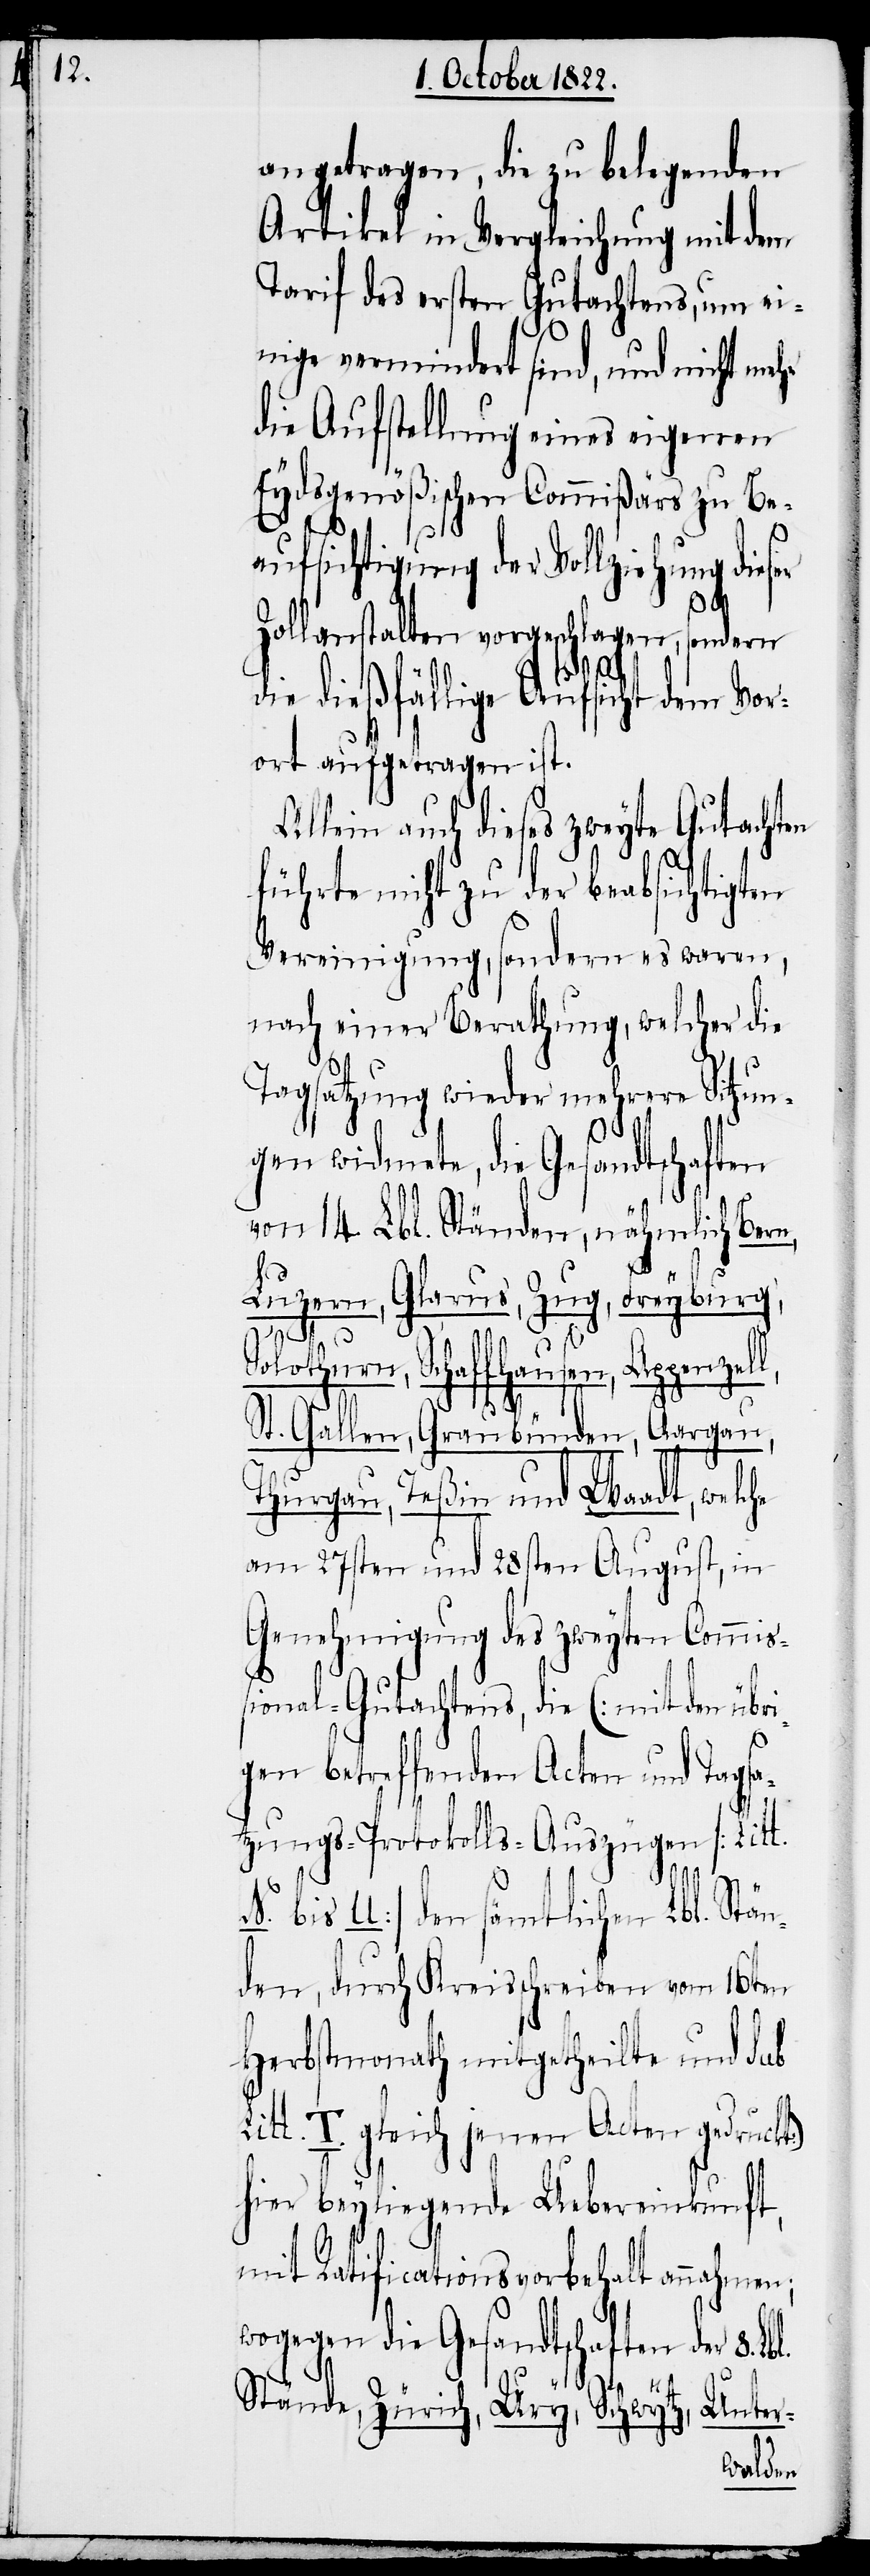
L¬

angetragen, die zu belegenden
Artikel in Vergleichung mit dem
Tarif des ersten Gutachtens, um ei¬
nige vermindert sind, und nicht mehr
die Aufstellung eines eigenen
Eydsgenößischen Commißärs zu Be¬
aufsichtigung der Vollziehung dies¬
l,
Zollanstalten vorgeschlagen, sondern
die dießfällige Aufsicht dem Vor¬
ort aufgetragen ist.
Allein auch dieses zweyte Gutachten
führte nicht zu der beabsichtigten
Vereinigung, sondern es waren,
nach einer Berathung, welcher die
Tagsatzung wieder mehrere Sitzun¬
gen widmete, die Gesandtschaften
von 14. Lbl. Ständen, nähmlich Ber¬
Freyburg,
Luzern, Glarus, Zug,
Solothurn, Schaffhausen, Appenzel¬
St. Gallen, Graubünden, Aargau,
Thurgau, Teßin und Waadt, welche
am 27sten und 28sten August, in
Genehmigung des zweyten Commiß¬
ional-Gutachtens, die (mit den übr¬
igen betreffenden Acten und Tagsat¬
zungs-Protokolls-Auszügen [Litt.
N. bis U.] den sämtlichen Lbl. Stä¬
nden, durch Kreisschreiben vom 16ten
Herbstmonath mitgetheilte und sub
itt. T. gleich jenen Acten gedruckt)
hier beyliegende Uebereinkunft,
mit Ratificationsvorbehalt annahmen;
wogegen die Gesandtschaften der 8. Lbl.
Stände, Zürich, Ury, Schwytz, Unter-